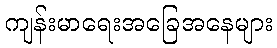
ကျန်းမာရေးအခြေအနေများ